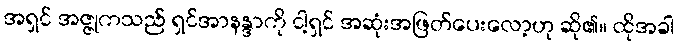
အရှင် အဇ္ဇုကသည် ရှင်အာနန္ဒာကို ငါ့ရှင် အဆုံးအဖြတ်ပေးလော့ဟု ဆို၏။ ထိုအခါ